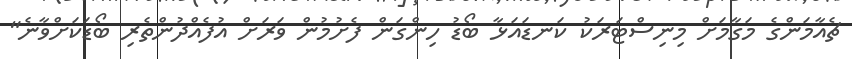
ޗެއާމަންގެ މަގާމަށް މިނިސްޓަރަކު ކަނޑައަޅާ ބޯޑު ހިންގަން ފެށުމުން ވަރަށް އުފެއްދުންތެރި ބޯޑަކަށްވާނެ"